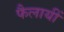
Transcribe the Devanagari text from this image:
फैलायीं